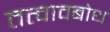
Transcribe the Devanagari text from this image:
तत्वावबोध